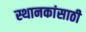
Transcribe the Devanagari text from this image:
स्थानकांसाठी